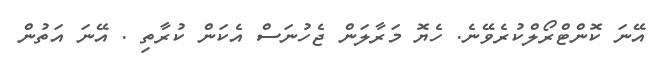
އޭނަ ކޮންޓްރޯލްކުރެވޭނެ. ހެޔޮ މަރާލަން ޖެހުނަސް އެކަން ކުރާތި . އޭނަ އަތުން